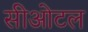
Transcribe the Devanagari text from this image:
सीओटल